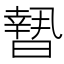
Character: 𣊮